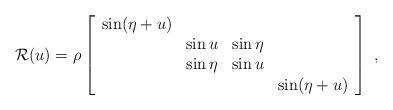
LaTeX: \begin{align*}{\cal R}(u)=\rho\left[\begin{array}{cccc} \sin(\eta+u)& & & \\ & \sin u &\sin\eta& \\ & \sin\eta&\sin u & \\ & & &\sin(\eta+u) \end{array}\right]~,\end{align*}